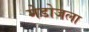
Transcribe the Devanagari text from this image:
मेडोजला